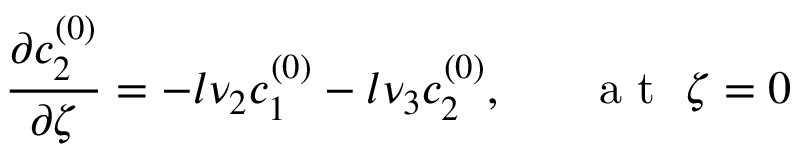
\frac { \partial c _ { 2 } ^ { ( 0 ) } } { \partial \zeta } = - l \nu _ { 2 } c _ { 1 } ^ { ( 0 ) } - l \nu _ { 3 } c _ { 2 } ^ { ( 0 ) } , ~ ~ ~ ~ ~ \mathrm { ~ a ~ t ~ } ~ \zeta = 0